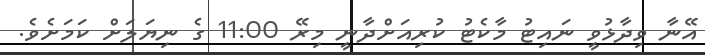
އޭނާ ވިދާޅުވީ ނައިޓު މާކެޓު ކުރިއަށްދާނީ މިރޭ 11:00 ގެ ނިޔަލަށް ކަމަށެވެ.